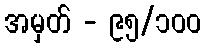
အမှတ် - ၉၅/၁၀၀